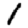
Digit: 1